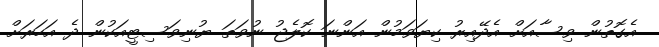
އެގޮތުން ވިސާއަށް އެދޭއިރު ކިޔަވަމުން އަންނަ ކޮލެޖު ނުވަތަ ޔުނިވަސިޓީއަކުން ދެ އަހަރަށް